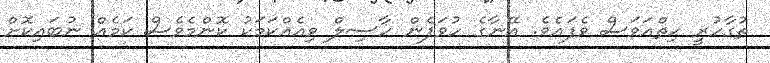
ތުގާހުރީ ހިތްއަވަސް ވެފައެވެ. އޭނާގެ ހުވަފެން ހާސިލް ވިއެއްކަމަކު ކޮންމެވެސް ކަމެއް ނުބައިކޮށް